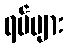
ရပ်များ